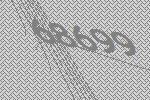
68699